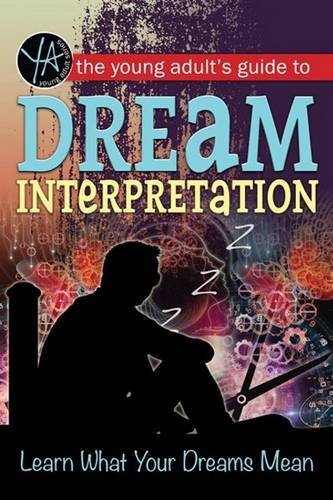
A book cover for The Young Adult's Guide to Dream Interpretation: Learn What Your Dreams Mean; Atlantic Publishing Group Inc; Teen & Young Adult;